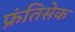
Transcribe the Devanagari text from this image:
फ्रंतिसेक